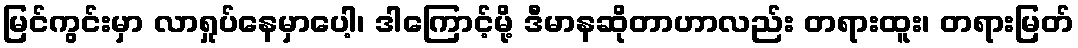
မြင်ကွင်းမှာ လာရှုပ်နေမှာပေါ့၊ ဒါကြောင့်မို့ ဒီမာနဆိုတာဟာလည်း တရားထူး၊ တရားမြတ်